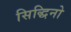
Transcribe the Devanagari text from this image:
सिद्धिनो